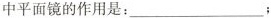
中平面镜的作用是：___；